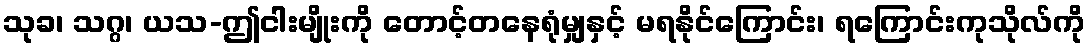
သုခ၊ သဂ္ဂ၊ ယသ-ဤငါးမျိုးကို တောင့်တနေရုံမျှနှင့် မရနိုင်ကြောင်း၊ ရကြောင်းကုသိုလ်ကို